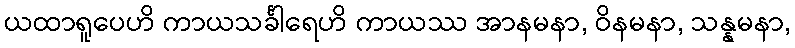
ယထာရူပေဟိ ကာယသင်္ခါရေဟိ ကာယဿ အာနမနာ, ဝိနမနာ, သန္နမနာ,